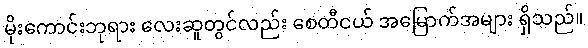
မိုးကောင်းဘုရား လေးဆူတွင်လည်း စေတီငယ် အမြောက်အများ ရှိသည်။